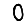
Digit: 0